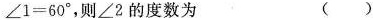
$$∠ 1 = 6 0 °$$，则∠2的度数为 （）